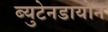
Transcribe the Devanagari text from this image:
ब्युटेनडायोन